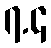
၇.၄